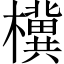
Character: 𪴗